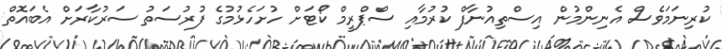
ކުރިނަމަވެސް އެނިންމުން އިސްތިއުނާފް ކުރުމާއި ސްޕްރީމް ކޯޓަށް ހުށަހެޅުމުގެ ފުރުސަތު ސަރުކާރަށް އެބައޮތް